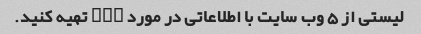
لیستی از 5 وب سایت با اطلاعاتی در مورد NLP تهیه کنید.